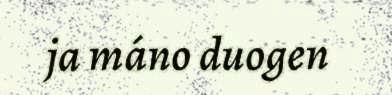
ja máno duogen